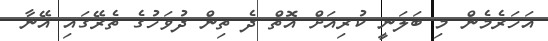
އަހަރެމެން މި ބަލަނީ ކުރިއަށް އޮތް ދެ ތިން ދުވަހުގެ ތެރޭގައި އޭނާ